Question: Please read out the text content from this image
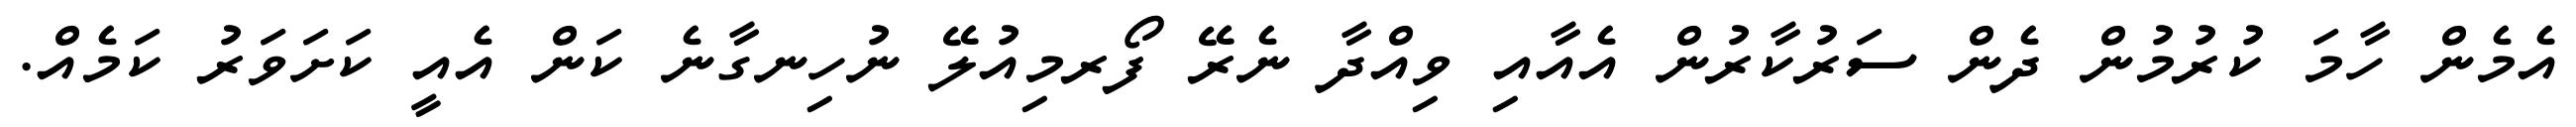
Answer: އެމެން ހާމަ ކުރުމުން ދެން ސަރުކާރުން އެއާއި ވިއްދާ ނެރޭ ފޯރމިއުލޭ ނުހިނގާނެ ކަން އެއީ ކަށަވަރު ކަމެއް.